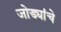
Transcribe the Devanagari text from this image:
जोड्यांचे